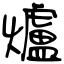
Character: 爐